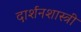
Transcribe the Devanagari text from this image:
दार्शनशास्त्री